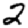
Digit: 2